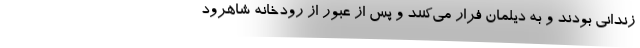
زندانی بودند و به دیلمان فرار می‌کنند و پس از عبور از رودخانه شاهرود